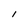
Character: I